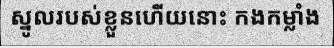
ស្នូលរបស់ខ្លួនហើយនោះ កងកម្លាំង